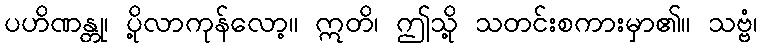
ပဟိဏန္တု၊ ပို့လာကုန်လော့။ ဣတိ၊ ဤသို့ သတင်းစကားမှာ၏။ သဗ္ဗံ၊